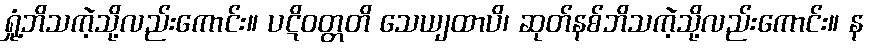
ရှုံ့ဘိသကဲ့သို့လည်းကောင်း။ ပဋိဝတ္တတိ သေယျထာပိ၊ ဆုတ်နစ်ဘိသကဲ့သို့လည်းကောင်း။ န